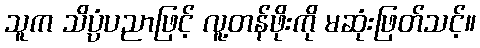
သူက သိပ္ပံပညာဖြင့် လူ့တန်ဖိုးကို မဆုံးဖြတ်သင့်။